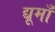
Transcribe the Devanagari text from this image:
द्यूमाँ